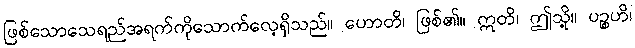
ဖြစ်သောသေရည်အရက်ကိုသောက်လေ့ရှိသည်။ ဟောတိ၊ ဖြစ်၏။ ဣတိ၊ ဤသို့။ ပဉ္စဟိ၊